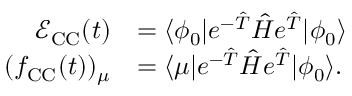
\begin{array} { r l } { \mathcal { E } _ { \mathrm { C C } } ( t ) } & { = \langle \phi _ { 0 } \vert e ^ { - \hat { T } } \hat { H } e ^ { \hat { T } } \vert \phi _ { 0 } \rangle } \\ { ( f _ { \mathrm { C C } } ( t ) ) _ { \mu } } & { = \langle \mu \vert e ^ { - \hat { T } } \hat { H } e ^ { \hat { T } } \vert \phi _ { 0 } \rangle . } \end{array}